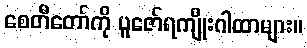
စေတီတော်ကို ပူဇော်ရကျိုးဂါထာများ။